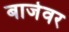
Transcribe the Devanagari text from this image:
बाजेवर